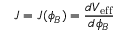
J = J ( \phi _ { B } ) = { \frac { d V _ { \mathrm { e f f } } } { d \phi _ { B } } }